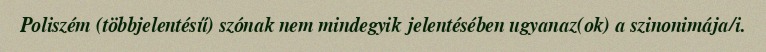
Poliszém (többjelentésű) szónak nem mindegyik jelentésében ugyanaz(ok) a szinonimája/i.